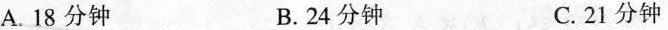
A.18分钟 B.24分钟 C.21分钟